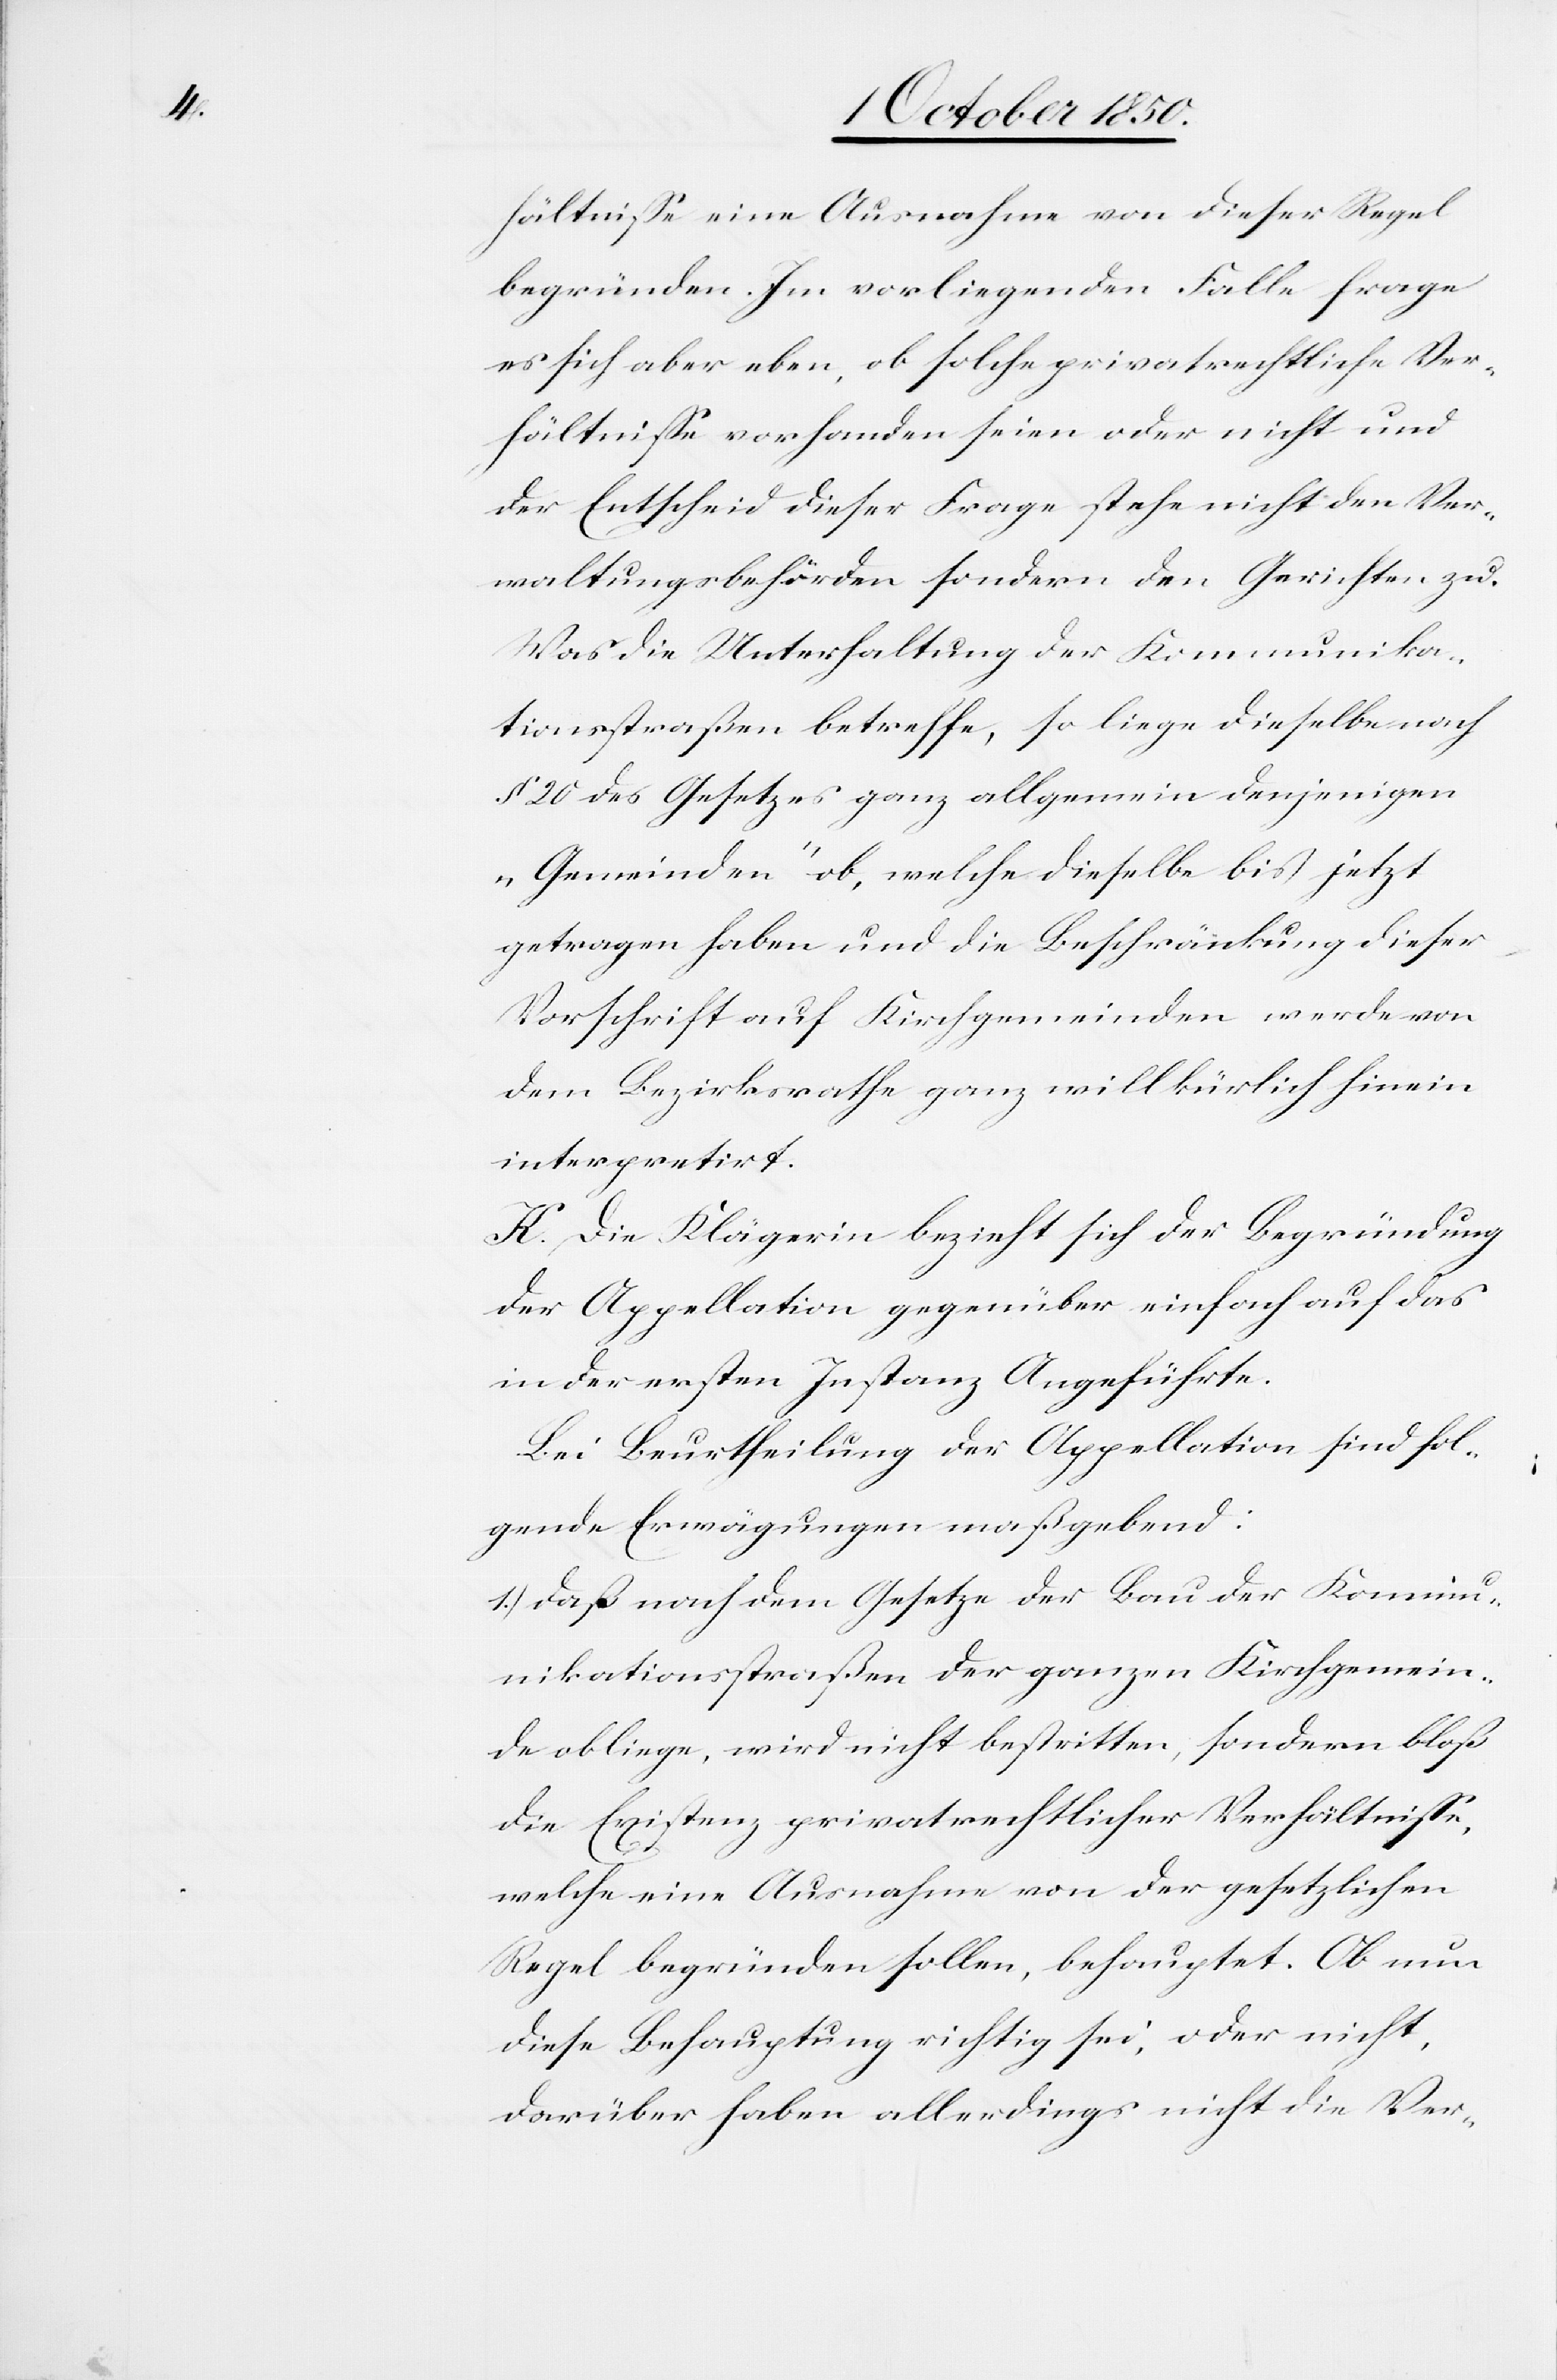
hältnisse eine Ausnahme von dieser Regel
begründen. Im vorliegenden Falle frage
es sich aber eben, ob solche privatrechtliche Ver¬
hältnisse vorhanden seien oder nicht und
der Entscheid dieser Frage stehe nicht den Ver¬
waltungsbehörden sondern den Gerichten zu.
Was die Unterhaltung der Kommunika¬
tionsstraßen betreffe, so liege dieselbe nach
§ 20 des Gesetzes ganz allgemein denjenigen
„Gemeinden“ ob, welche dieselbe bis jetzt
getragen haben und die Beschränkung dieser
Vorschrift auf Kirchgemeinden werde von
dem Bezirksrathe ganz willkürlich hinein
interpretirt.
K. Die Klägerin bezieht sich der Begründung
der Appellation gegenüber einfach auf das
in der ersten Instanz Angeführte.
Bei Beurtheilung der Appellation sind fol¬
gende Erwägungen maßgebend:
1.) daß nach dem Gesetze der Bau der Kommu¬
nikationsstraßen der ganzen Kirchgemein¬
de obliege, wird nicht bestritten, sondern bloß
die Existenz privatrechtlicher Verhältnisse,
welche eine Ausnahme von der gesetzlichen
Regel begründen sollen, behauptet. Ob nun
diese Behauptung richtig sei, oder nicht,
darüber haben allerdings nicht die Ver-